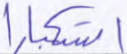
استكبارا